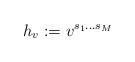
LaTeX: \begin{align*}h_v:=v^{s_1\dots s_M}\end{align*}